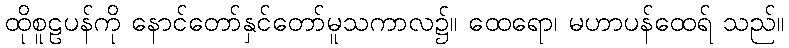
ထိုစူဠပန်ကို နောင်တော်နှင်တော်မူသကာလ၌။ ထေရော၊ မဟာပန်ထေရ် သည်။